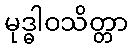
မုဒ္ဓါဝသိတ္တာ